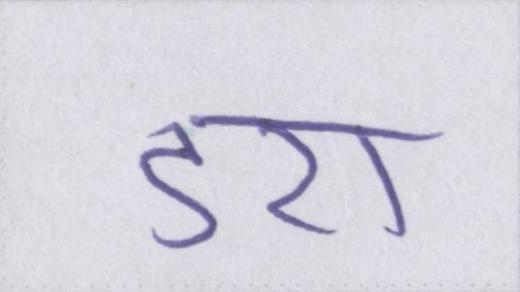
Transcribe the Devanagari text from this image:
डरा